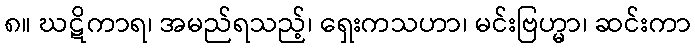
၈။ ဃဋိကာရ၊ အမည်ရသည့်၊ ရှေးကသဟာ၊ မင်းဗြဟ္မာ၊ ဆင်းကာ